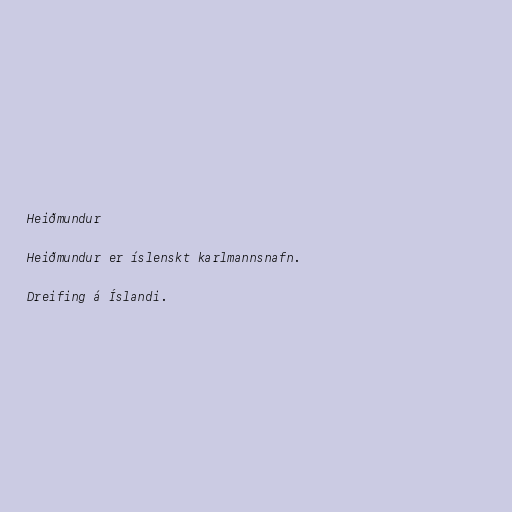
Heiðmundur

Heiðmundur er íslenskt karlmannsnafn.

Dreifing á Íslandi.